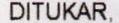
DITUKAR.